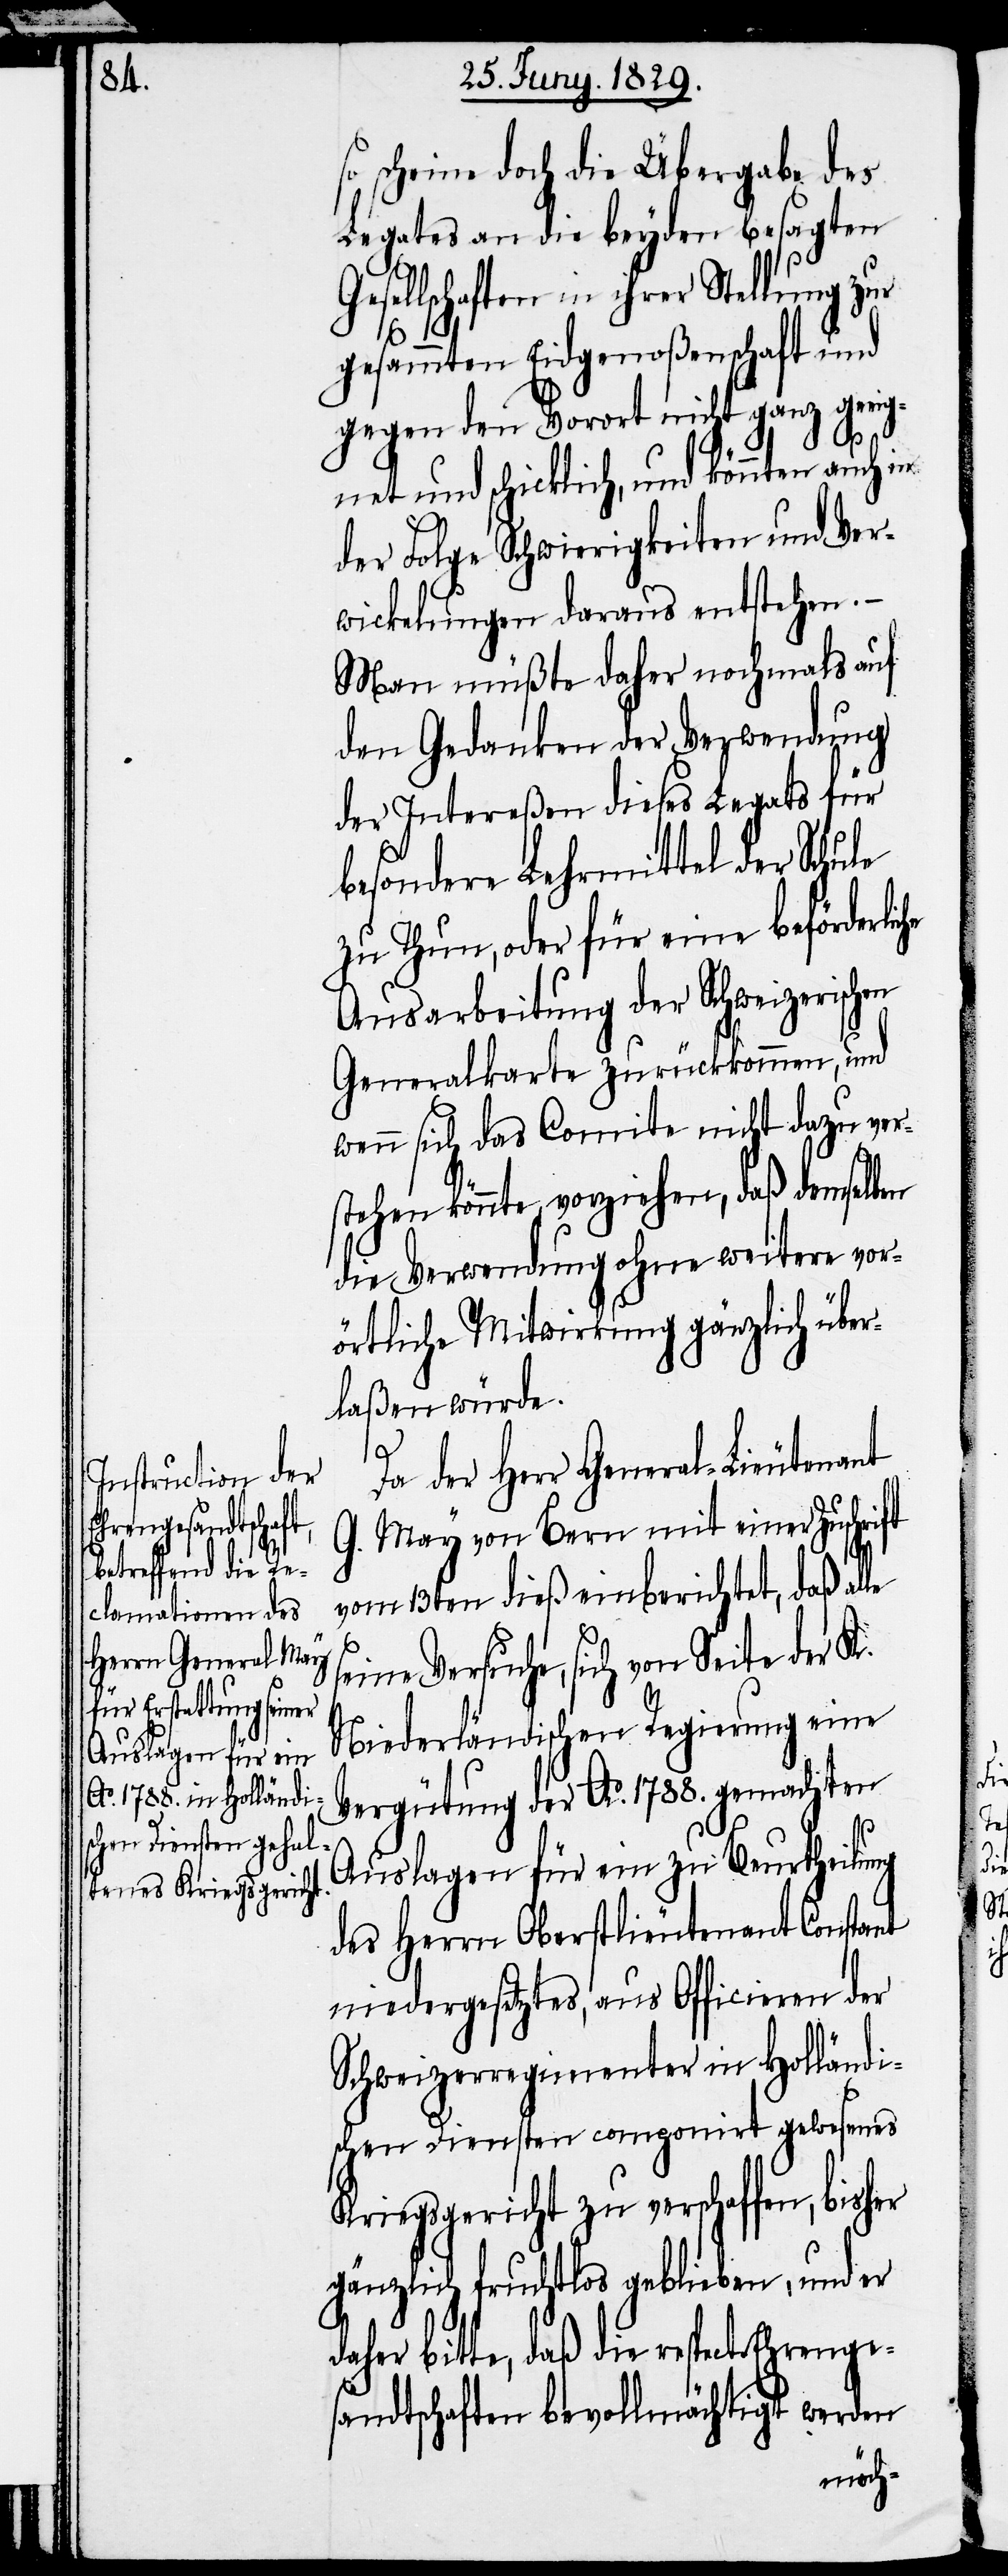
o scheine doch die Überlegung des
Legates an die beyden besagten
in ihrer Stellung zur
gesammten Eidgenoßenschaft und
gegen den Vorort nicht ganz geeig¬
s¬
net und schicklich, und könnten auch in
der Folge Schwierigkeiten und Ver¬
wickelungen daraus entstehen.–
Man müßte daher nochmals auf
den Gedanken der Verwendung
der Intereßen dieses Legats für
besondere Lehrmittel der Schule
zu Thun, oder für eine beförderlic¬
Ausarbeitung der Schweizerischen
Generalkarte zurückkommen, und
wenn sich das Comite nicht dazu ver¬
stehen könnte, vorziehen, daß demselben
die Verwendung ohne weitere vor¬
örtliche Mitwirkung gänzlich über¬
laßen würde.
le
Da der Herr General-Lieutenant
G. May von Bern mit einer Zuschrift
vom 13ten dieß einberichtet, daß al¬
seine Versuche, sich von Seite der
Niederländischen Regierung eine
Vergütung der Ao. 1788. gemachten
Auslagen für ein zu Beurtheilung
des Herrn Oberstlieutenant Constant
niedergesetztes, aus Officieren der
Schweizerregimenter in Holländi¬
schen Diensten componirt gewesenes
Kriegsgericht zu verschaffen, bisher
gänzlich fruchtlos geblieben, und er
daher bitte, daß die respect. Ehrenge¬
sandtschaften bevollmächtigt werden